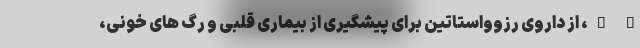
" "، از داروی رزوواستاتین برای پیشگیری از بیماری قلبی و رگ های خونی،